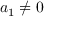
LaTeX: a _ { 1 } \neq 0